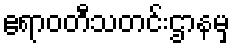
ဧရာဝတီသတင်းဌာနမှ